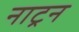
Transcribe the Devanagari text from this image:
नाट्रन